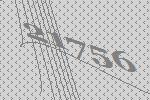
21756